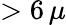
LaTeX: >6\, \mu